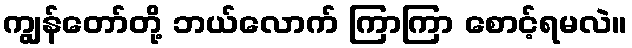
ကျွန်တော်တို့ ဘယ်လောက် ကြာကြာ စောင့်ရမလဲ။